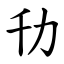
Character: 㔓